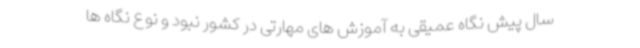
سال پیش نگاه عمیقی به آموزش های مهارتی در کشور نبود و نوع نگاه ها